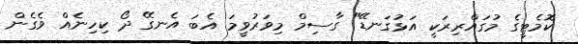
ކޮމެޓީގެ މުގައްރިރަކީ އަޅުގަނޑޭ" ގާސިމް މިވަރުވީމަ އެބަ އެނގޭ ދޯ ކިހިނެއް ވެގެން